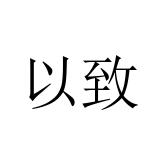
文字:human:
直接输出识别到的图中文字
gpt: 以致